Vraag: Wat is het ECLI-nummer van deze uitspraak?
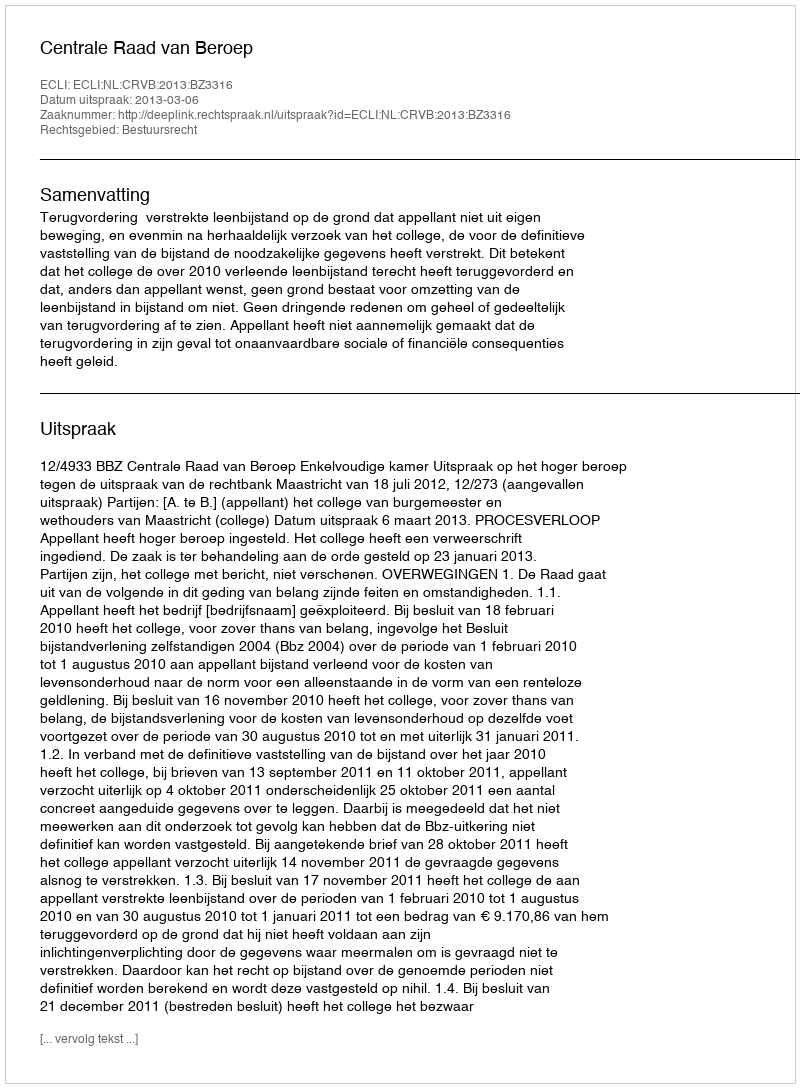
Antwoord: ECLI:NL:CRVB:2013:BZ3316